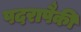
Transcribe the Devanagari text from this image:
पदरापैकी